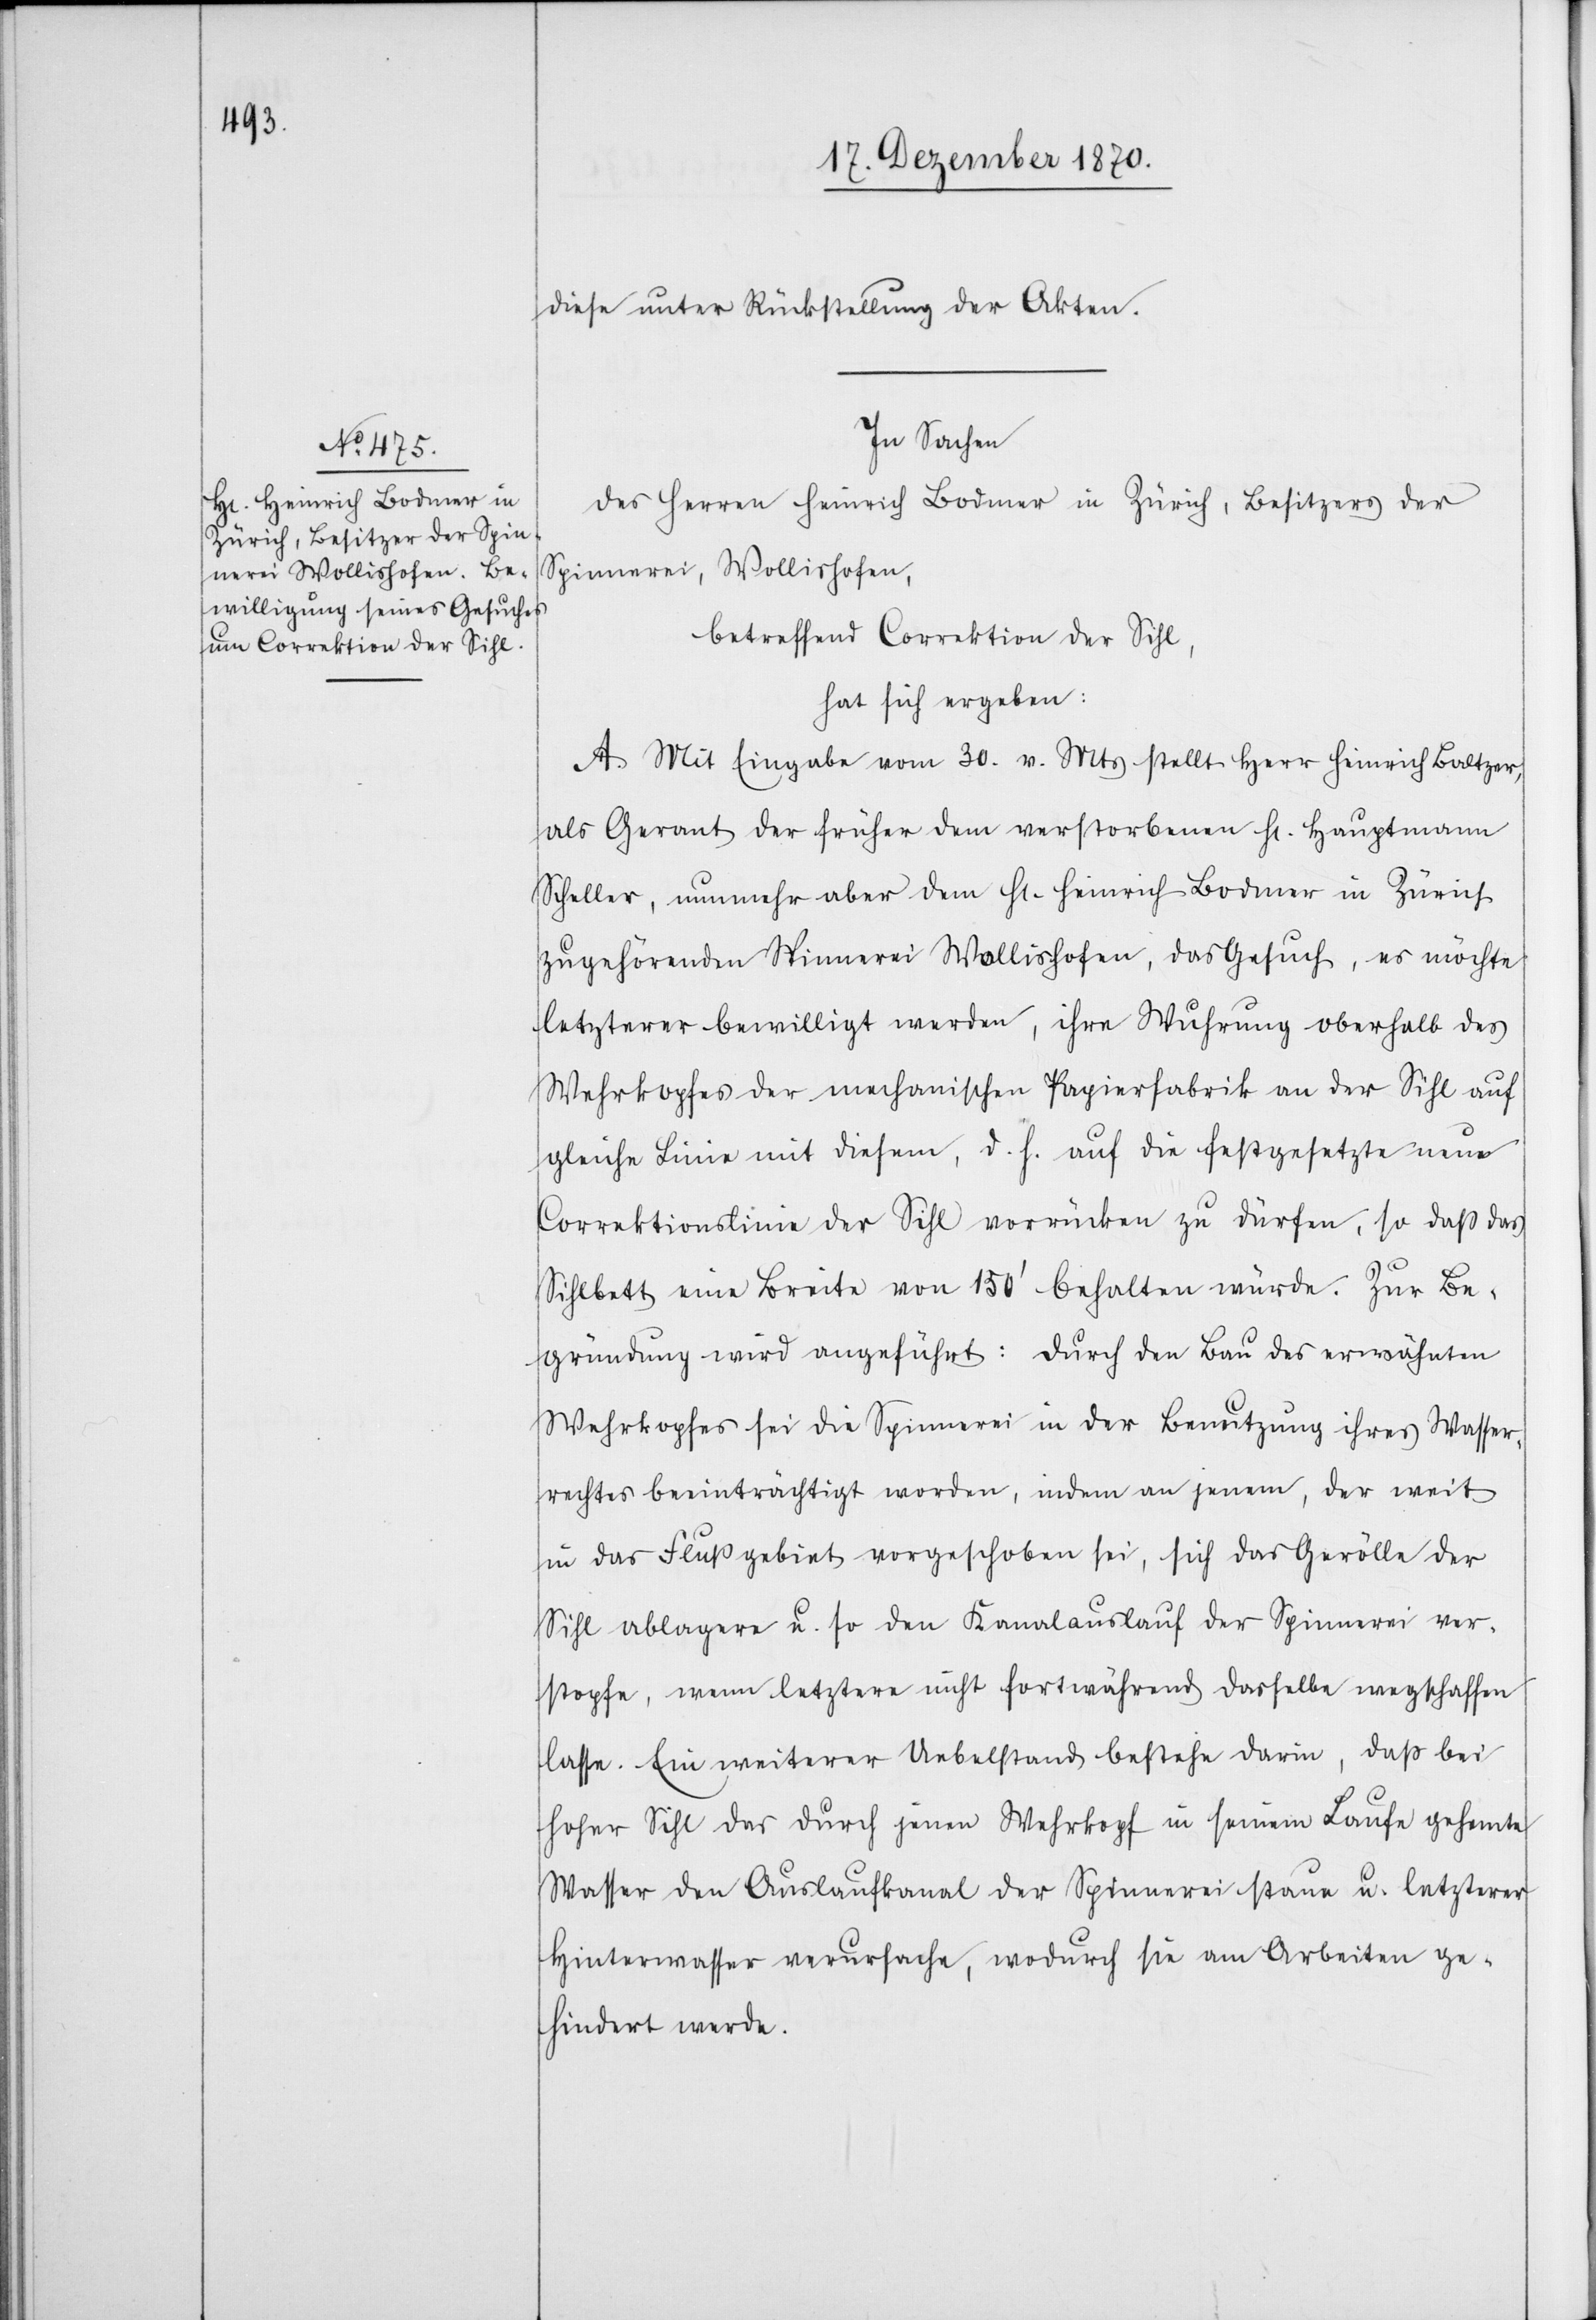
diese unter Rückstellung der Akten.
In Sachen
des Herren Heinrich Bodmer in Zürich, Besitzers der
Spinnerei, Wollishofen,
betreffend Correktion der Sihl,
hat sich ergeben:
A. Mit Eingabe vom 30. v. Mts stellt Herr Heinrich Baltzer,
als Gerant der früher dem verstorbenen H[errn] Hauptmann
Scheller, nunmehr aber dem H[errn] Heinrich Bodmer in Zürich
zugehörenden Spinnerei Wollishofen, das Gesuch, es möchte
letzterer bewilligt werden, ihre Wuhrung oberhalb des
Wehrkopfes der mechanischen Papierfabrik an der Sihl auf
gleiche Linie mit diesem, d. h. auf die festgesetzte neue
Correktionslinie der Sihl vorrücken zu dürfen, so daß das
Sihlbett eine Breite von 150’ behalten würde. Zur Be¬
gründung wird angeführt: Durch den Bau des erwähnten
Wehrkopfes sei die Spinnerei in der Benutzung ihres Wasser¬
rechtes beeinträchtigt worden, indem an jenem, der weit
in das Flussgebiet vorgeschoben sei, sich das Gewölbe der
Sihl ablagere u. so den Kanalauslauf der Spinnerei ver¬
stopfe, wenn letztere nicht fortwährend dasselbe wegschaffen
lasse. Ein weiterer Uebelstand bestehe darin, daß bei
hoher Sihl das durch jenen Wehrkopf in seinem Laufe gehemte
Wasser den Auslaufkanal der Spinnerei staue u. letzterer
Hinterwasser verursache, wodurch sie am Arbeiten ge¬
hindert werde.